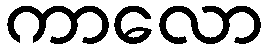
ကာလော